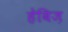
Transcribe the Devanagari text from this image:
हेविज़